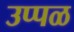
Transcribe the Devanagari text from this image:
उप्पळ